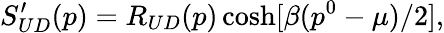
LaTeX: S_{UD}^{\prime}(p)=R_{UD}(p)\cosh[\beta(p^{0}-\mu)/2],